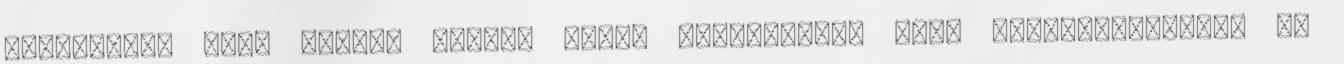
értelmében kell venni. Inkább olyan értelemben, hogy brutalitásuknál és